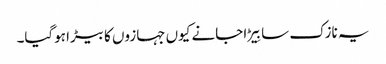
یہ نازک سا بِیڑا جانے کیوں جہازوں کا بیڑا ہوگیا۔